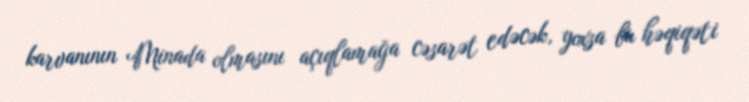
karvanının Minada olmasını açıqlamağa cəsarət edəcək, yoxsa bu həqiqəti